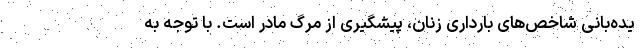
یده‌بانی شاخص‌های بارداری زنان، پیشگیری از مرگ مادر است. با توجه به